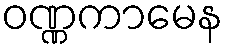
ဝဏ္ဏကာမေန